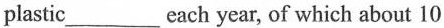
plastic each___ year, of which about 10